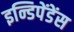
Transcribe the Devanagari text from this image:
इन्डिपेंडेंस